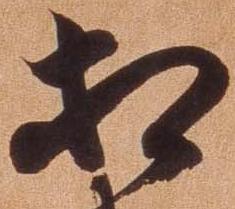
相